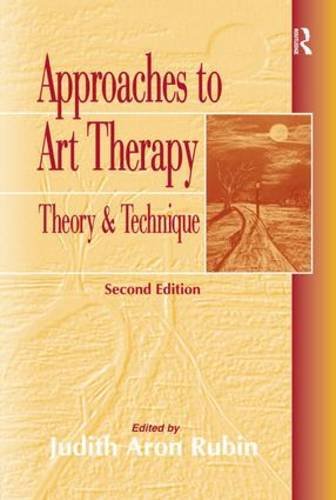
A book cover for Approaches to Art Therapy: Theory and Technique; Health, Fitness & Dieting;